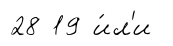
28 19 и́л'и